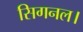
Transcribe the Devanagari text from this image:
सिगनल।